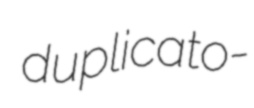
duplicato-